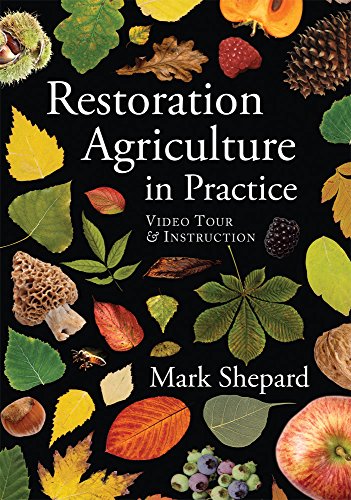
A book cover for Restoration Agriculture in Practice; Science & Math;